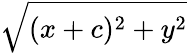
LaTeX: \sqrt{(x+c)^{2}+y^{2}}